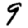
Digit: 9